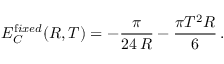
E _ { C } ^ { { \mathrm { f } i x e d } } ( R , T ) = - \frac { \pi } { 2 4 \, R } - \frac { \pi T ^ { 2 } R } { 6 } \, { . }